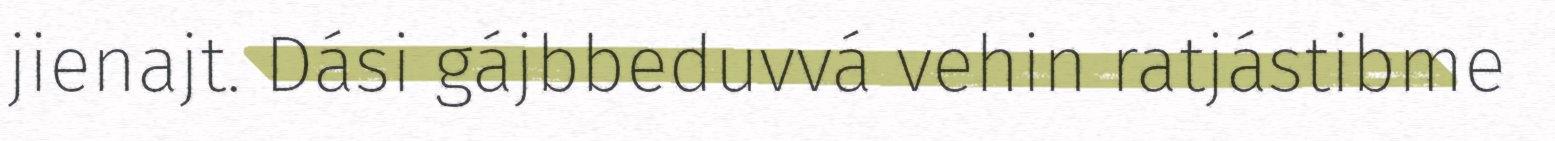
jienajt. Dási gájbbeduvvá vehin ratjástibme